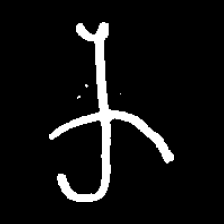
Pyu character \u2014 Myanmar letter: က (romanized: ka)